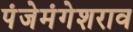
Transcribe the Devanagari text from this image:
पंजेमंगेशराव